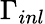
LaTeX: \Gamma_{inl}